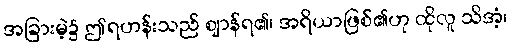
အခြားမဲ့၌ ဤရဟန်းသည် ဈာန်ရ၏၊ အရိယာဖြစ်၏ဟု ထိုလူ သိအံ့၊